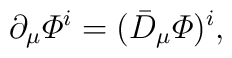
\partial_\mu{\mit\Phi}^i  = (\bar D_\mu{\mit\Phi})^i ,